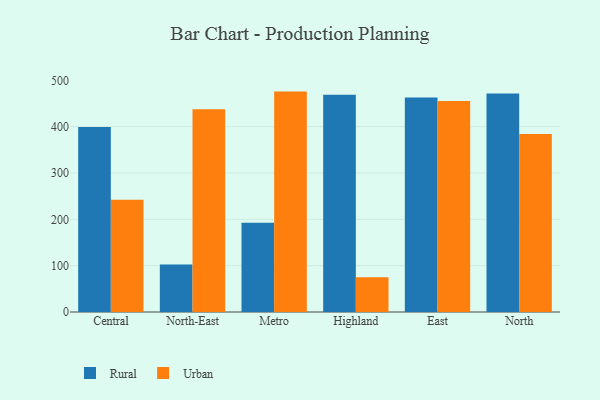
{"axis": {"x": "Region", "y": "Active Users"}, "legend": ["Rural", "Urban"], "data": [{"x": "Central", "y": 399.5, "type": "Rural"}, {"x": "Central", "y": 242.5, "type": "Urban"}, {"x": "North-East", "y": 102.4, "type": "Rural"}, {"x": "North-East", "y": 437.8, "type": "Urban"}, {"x": "Metro", "y": 192.7, "type": "Rural"}, {"x": "Metro", "y": 475.7, "type": "Urban"}, {"x": "Highland", "y": 468.9, "type": "Rural"}, {"x": "Highland", "y": 74.8, "type": "Urban"}, {"x": "East", "y": 463.1, "type": "Rural"}, {"x": "East", "y": 455.5, "type": "Urban"}, {"x": "North", "y": 471.4, "type": "Rural"}, {"x": "North", "y": 384.3, "type": "Urban"}]}